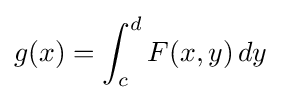
g(x)=\int _{c}^{d}F(x,y)\,dy